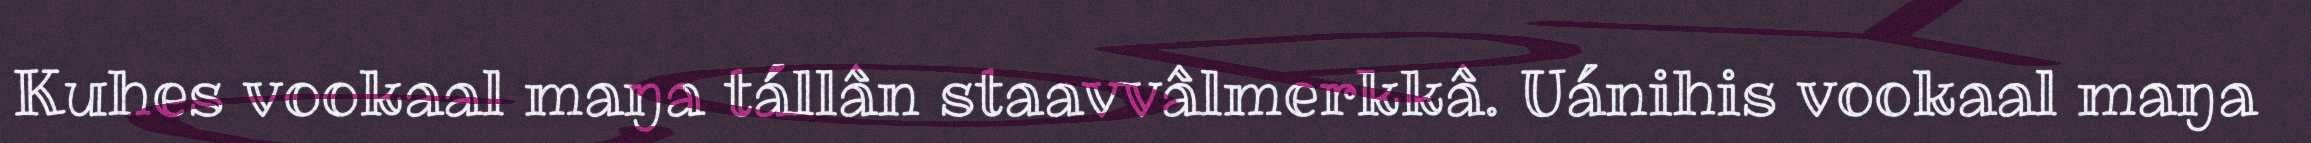
Kuhes vookaal maŋa tállân staavvâlmerkkâ. Uánihis vookaal maŋa